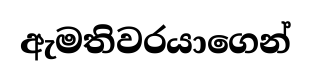
ඇමතිවරයාගෙන්